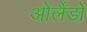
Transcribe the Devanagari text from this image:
ओर्लैंडो